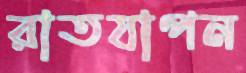
রাতযাপন